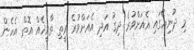
މި ދުނިޔޭގައި އެއަށްވުރެ ދިގު އަދި އެއަށްވުރެ ރީތި ތާރީޚެއް އޮތް އެހެން